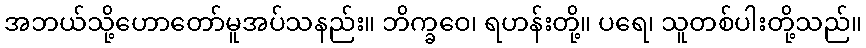
အဘယ်သို့ဟောတော်မူအပ်သနည်း။ ဘိက္ခဝေ၊ ရဟန်းတို့။ ပရေ၊ သူတစ်ပါးတို့သည်။